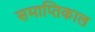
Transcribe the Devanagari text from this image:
समाप्तिकाल